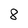
Character: 8